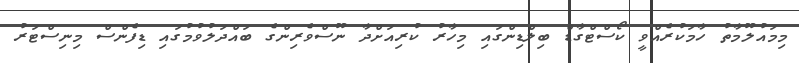
މިމައުލޫމާތު ހާމަކުރެއްވީ ކޯސްޓްގާޑް ބިލްޑިންގައި މިހާރު ކުރިއަށްދާ ނޫސްވެރިންގެ ބައްދަލުވުމުގައި ޑިފެންސް މިނިސްޓަރު